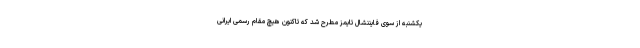
یکشنبه از سوی فایننشال تایمز مطرح شد که تاکنون هیچ مقام رسمی ایرانی